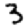
Digit: 3